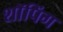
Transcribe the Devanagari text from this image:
शाॅपिंग